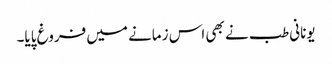
یونانی طب نے بھی اس زمانے میں فروغ پایا۔